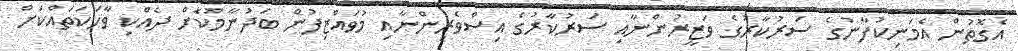
އެގޮތުން އެމަނިކުފާނުގެ ސަރުކާރުގެ ވަޒީރުންނާއި ސަރުކާރުގެ އިސްވެރިންނާއި މުވައްޒިފުން ބަދުނާމުކޮށް ދެއްކި ވާހަކަތައްކަށް